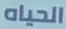
الحياه